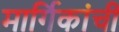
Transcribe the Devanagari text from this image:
मार्गिकांची